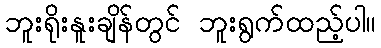
ဘူးရိုးနူးချိန်တွင် ဘူးရွက်ထည့်ပါ။